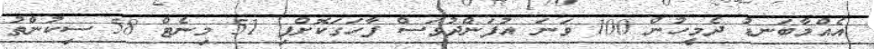
އެއްމާބަނޑު ދެމީހުން 100 ވަނަ އުފަންދުވަސް ފާހަގަކޮށްފި 51 މިނެޓް 58 ސިކުންތު